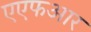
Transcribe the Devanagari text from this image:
एएफआर